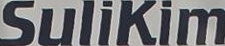
SuliKim